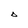
Character: D